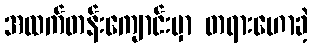
အထက်တန်းကျောင်းမှာ တရားဟောခဲ့